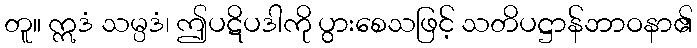
တူ။ ဣဒံ သမ္ပဒံ၊ ဤပဋိပဒါကို ပွားစေသဖြင့် သတိပဋ္ဌာန်ဘာဝနာ၏